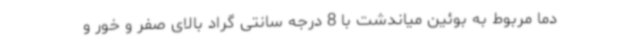
دما مربوط به بوئین میاندشت با 8 درجه سانتی گراد بالای صفر و خور و